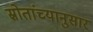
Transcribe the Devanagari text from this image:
स्रोतांच्‍यानुसार